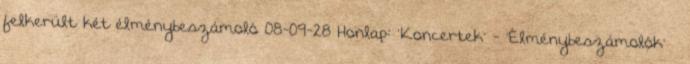
felkerült két élménybeszámoló 08-09-28 Honlap: 'Koncertek' - 'Élménybeszámolók' »